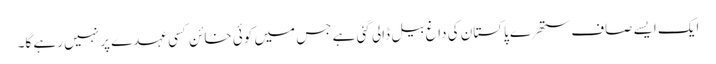
ایک ایسے صاف ستھرے پاکستان کی داغ بیل ڈالی گئی ہے جس میں کوئی خائن کسی عہدے پر نہیں رہے گا۔